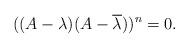
LaTeX: \begin{align*}((A - \lambda)(A - \overline{\lambda}))^n = 0.\end{align*}